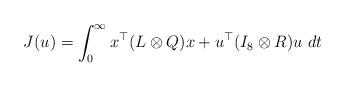
LaTeX: \begin{align*}J(u) = \int_{0}^{\infty}x^{\top}(L\otimes Q)x +u^{\top}(I_{8}\otimes R)u \ dt\end{align*}